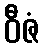
ဝီဇံ